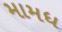
મામધ